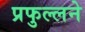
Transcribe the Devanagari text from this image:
प्रफुल्लने